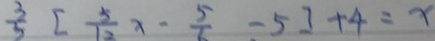
\frac { 3 } { 5 } [ \frac { 5 } { 1 2 } x - \frac { 5 } { 6 } - 5 ] + 4 = x